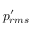
p _ { r m s } ^ { \prime }